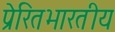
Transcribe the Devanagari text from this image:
प्रेरितभारतीय